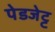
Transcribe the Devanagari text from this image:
पेडजेट्ट